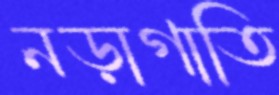
নড়াগাতি